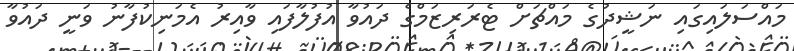
މައްސަލައިގައި ނަޝީދުގެ މައްޗަށް ޓެރަރިޒަމްގެ ދައުވާ އުފުލާފައި ވާއިރު އެމަނިކުފާނު ވަނީ ދައުވާ